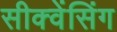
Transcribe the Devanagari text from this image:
सीक्वेंसिंग